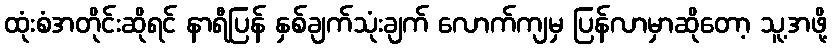
ထုံးစံအတိုင်းဆိုရင် နာရီပြန် နှစ်ချက်သုံးချက် လောက်ကျမှ ပြန်လာမှာဆိုတော့ သူ့အဖို့